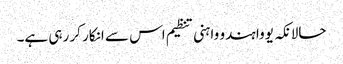
حالانکہ یووا ہندو واہنی تنظیم اس سے انکار کر رہی ہے۔